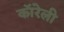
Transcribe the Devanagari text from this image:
कॉरेली